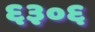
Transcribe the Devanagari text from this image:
६३०६